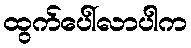
ထွက်ပေါ်လာပါက